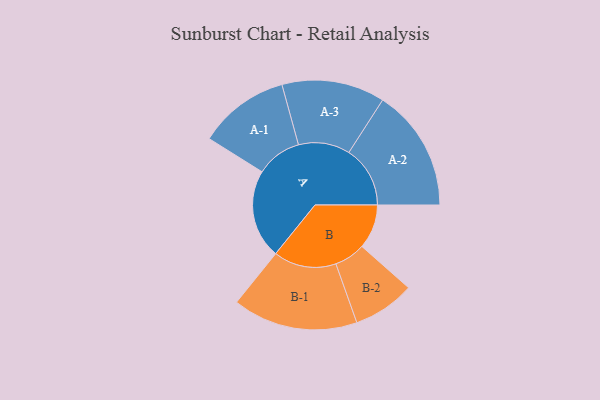
{"axis": {"x": "Segment", "y": "Value"}, "legend": ["", "A", "B"], "data": [{"x": "A", "y": 385, "type": ""}, {"x": "B", "y": 192, "type": ""}, {"x": "A-1", "y": 197, "type": "A"}, {"x": "A-2", "y": 265, "type": "A"}, {"x": "A-3", "y": 223, "type": "A"}, {"x": "B-1", "y": 271, "type": "B"}, {"x": "B-2", "y": 134, "type": "B"}]}